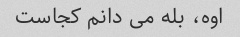
اوه، بله می دانم کجاست